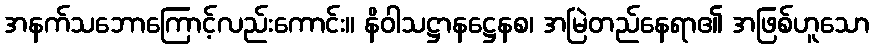
အနက်သဘောကြောင့်လည်းကောင်း။ နိဝါသဋ္ဌာနဋ္ဌေနစ၊ အမြဲတည်နေရာ၏ အဖြစ်ဟူသော